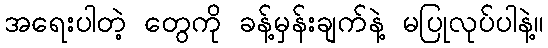
အရေးပါတဲ့ တွေကို ခန့်မှန်းချက်နဲ့ မပြုလုပ်ပါနဲ့။